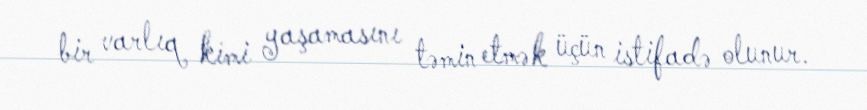
bir varlıq kimi yaşamasını təmin etmək üçün istifadə olunur.